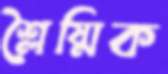
শ্লৈষ্মিক